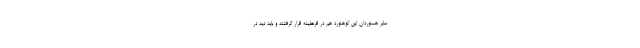
سایر همنوردان این کوهنورد هم در قرنطینه قرار گرفتند و باید دید در